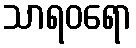
သာရဝရော